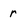
Character: r